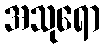
အသုရော